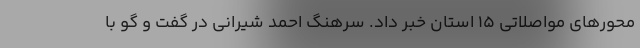
محورهای مواصلاتی ١۵ استان خبر داد. سرهنگ احمد شیرانی در گفت و گو با